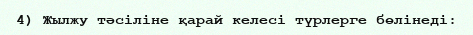
4) Жылжу тәсіліне қарай келесі түрлерге бөлінеді: